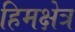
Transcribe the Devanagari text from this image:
हिमक्षेत्र